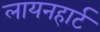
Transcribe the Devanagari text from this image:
लायनहार्ट